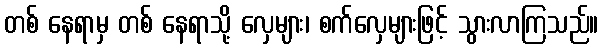
တစ် နေရာမှ တစ် နေရာသို့ လှေများ၊ စက်လှေများဖြင့် သွားလာကြသည်။